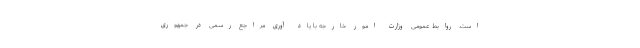
است. روابط عمومی وزارت امور خارجه با یاد آوری مراجع رسمی در جمهوری